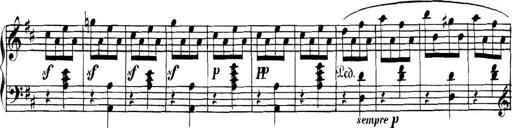
Title: Collected Piano Sonatas
Composer: Muzio Clementi